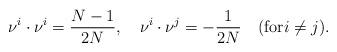
LaTeX: \begin{align*}\nu^i \cdot \nu^i = {N-1 \over 2N}, \quad \nu^i \cdot \nu^j = -{1 \over 2N} \quad ({\rm for} i \not= j). \end{align*}